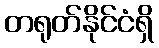
တရုတ်နိုင်ငံရှိ